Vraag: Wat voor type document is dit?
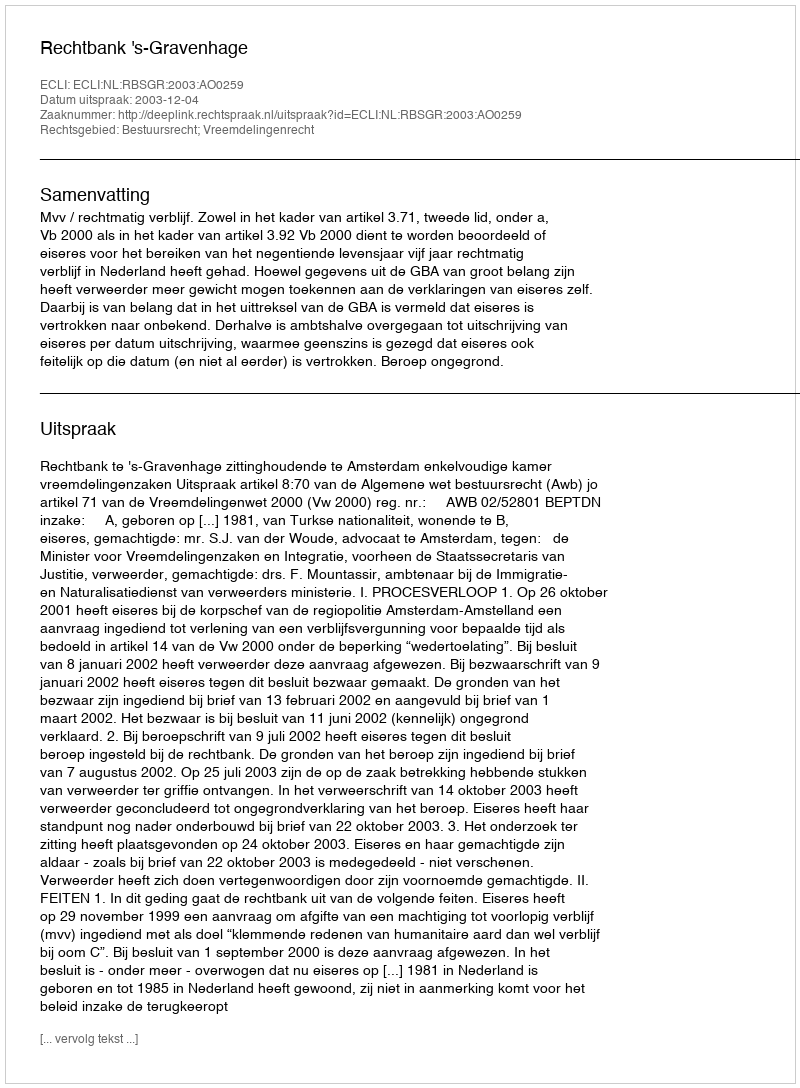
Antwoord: Uitspraak